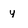
Character: y